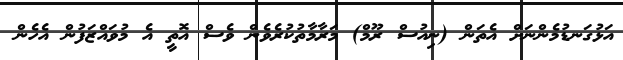
އަޅުގަނޑުމެންނަށް އެތަން (ނިއުސް ރޫމް) މަރާމާތުކުރެވެން ވެސް އޮތީ އެ މުވައްޒަފުން އެހެން